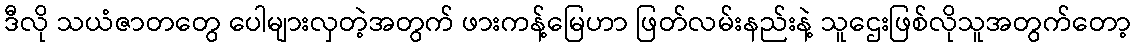
ဒီလို သယံဇာတတွေ ပေါများလှတဲ့အတွက် ဖားကန့်မြေဟာ ဖြတ်လမ်းနည်းနဲ့ သူဌေးဖြစ်လိုသူအတွက်တော့